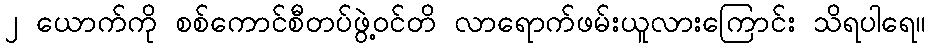
၂ ယောက်ကို စစ်ကောင်စီတပ်ဖွဲ့ဝင်တိ လာရောက်ဖမ်းယူလားကြောင်း သိရပါရေ။